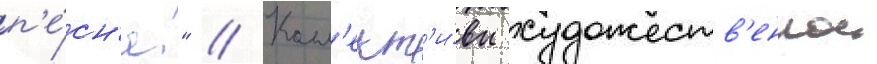
п'е́сн'я!" // Колл'ект'и́вы художеств'еннои